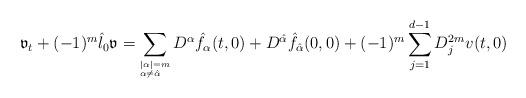
LaTeX: \begin{align*}\mathfrak{v}_t+(-1)^m\hat{\l}_0 \mathfrak{v}=\sum_{^{|\alpha|=m}_{\alpha\neq\hat{\alpha}}}D^{\alpha}\hat{f}_\alpha(t,0)+D^{\hat{\alpha}}\hat{f}_{\hat{\alpha}}(0,0)+(-1)^m\sum_{j=1}^{d-1}D_j^{2m}v(t,0) \end{align*}